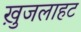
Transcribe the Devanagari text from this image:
ख़ुजलाहट